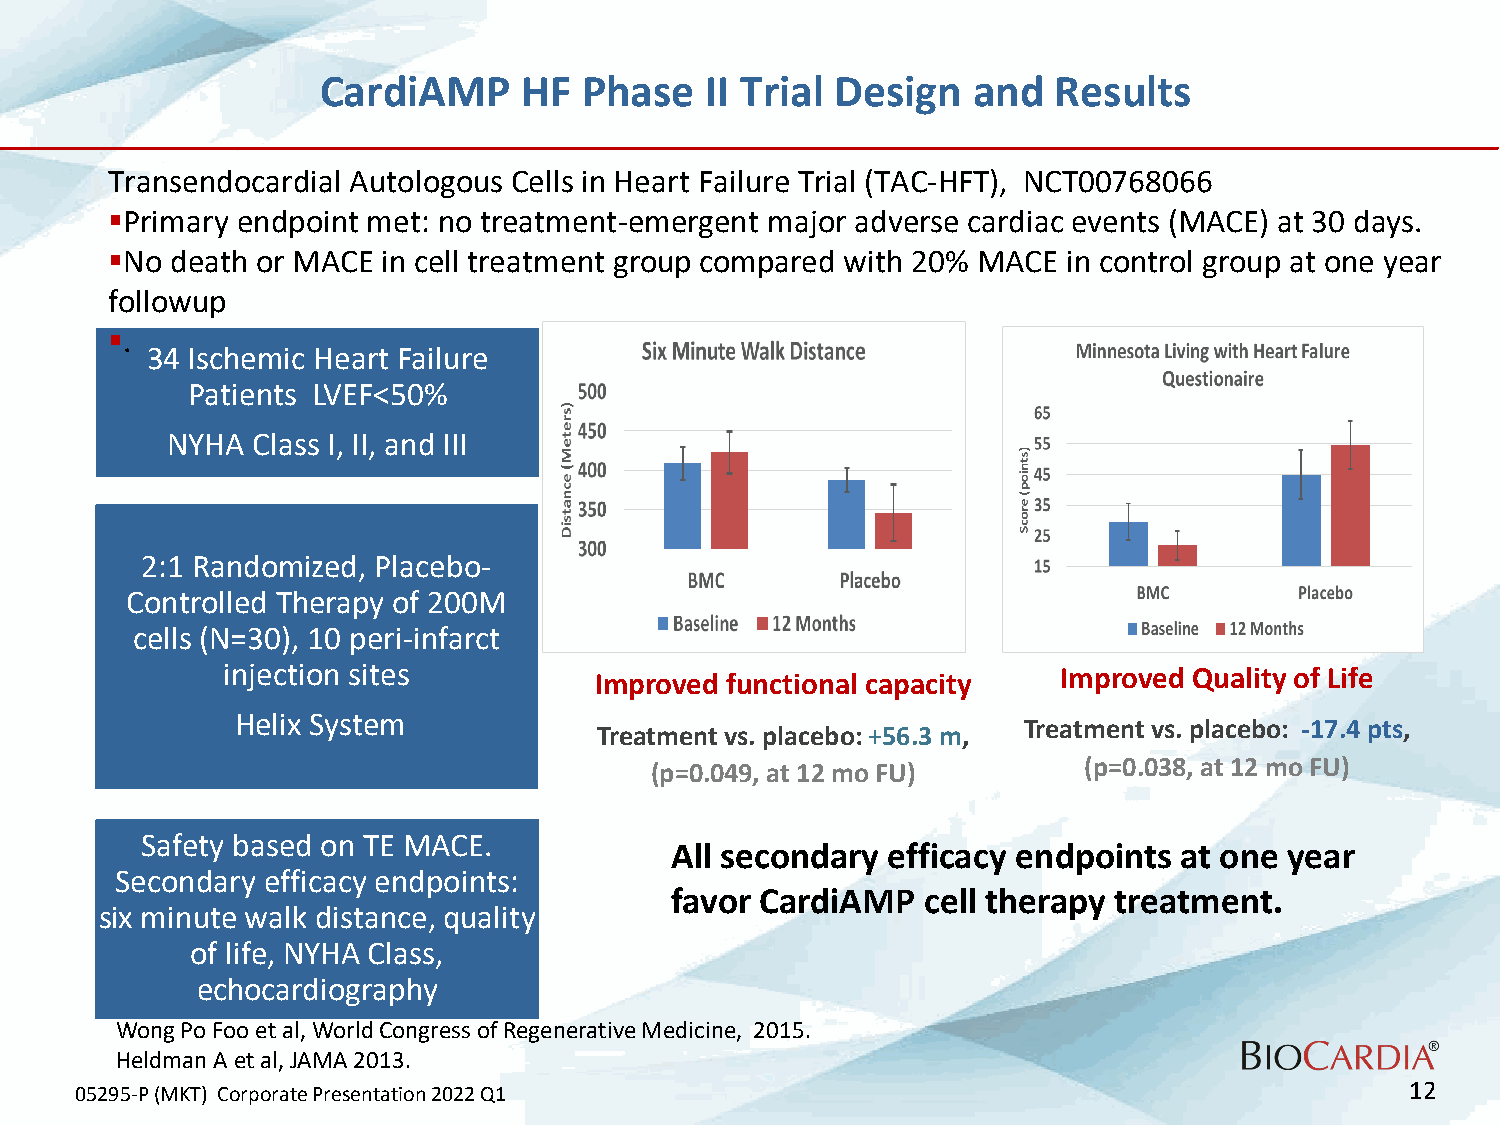
CardiAMP      HF  Phase   II Trial Design  and   Results
 Transendocardial Autologous Cells in Heart Failure Trial (TAC-HFT), NCT00768066
 Primary endpoint met: no treatment-emergent major adverse cardiac events (MACE) at 30 days.
 No death or MACE in cell treatment group compared with 20% MACE in control group at one year
 followup
 .
 34 Ischemic Heart Failure
 Patients LVEF<50%
 NYHA  Class I, II, and III
 2:1 Randomized, Placebo-
 Controlled Therapy of 200M
 cells (N=30), 10 peri-infarct
 injection sites                                        Improved Quality of Life
 Improved functional capacity
 Helix System
 Treatment vs. placebo: -17.4 pts,
 Treatment vs. placebo: +56.3 m,
 (p=0.038, at 12 moFU)
 (p=0.049, at 12 moFU)
 Safety based on TE MACE.
 All secondary  efficacy endpoints at one year
 Secondary efficacy endpoints:
 favor CardiAMP   cell therapy treatment.
 six minute walk distance, quality
 of life, NYHA Class,
 echocardiography
 Wong Po Foo et al, World Congress of Regenerative Medicine, 2015.
 Heldman A et al, JAMA 2013.
 05295-P (MKT) Corporate Presentation 2022 Q1                                            12